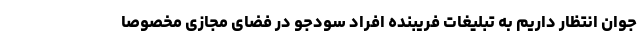
جوان انتظار داریم به تبلیغات فریبنده افراد سودجو در فضای مجازی مخصوصاً